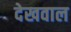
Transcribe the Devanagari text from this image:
देखवाल